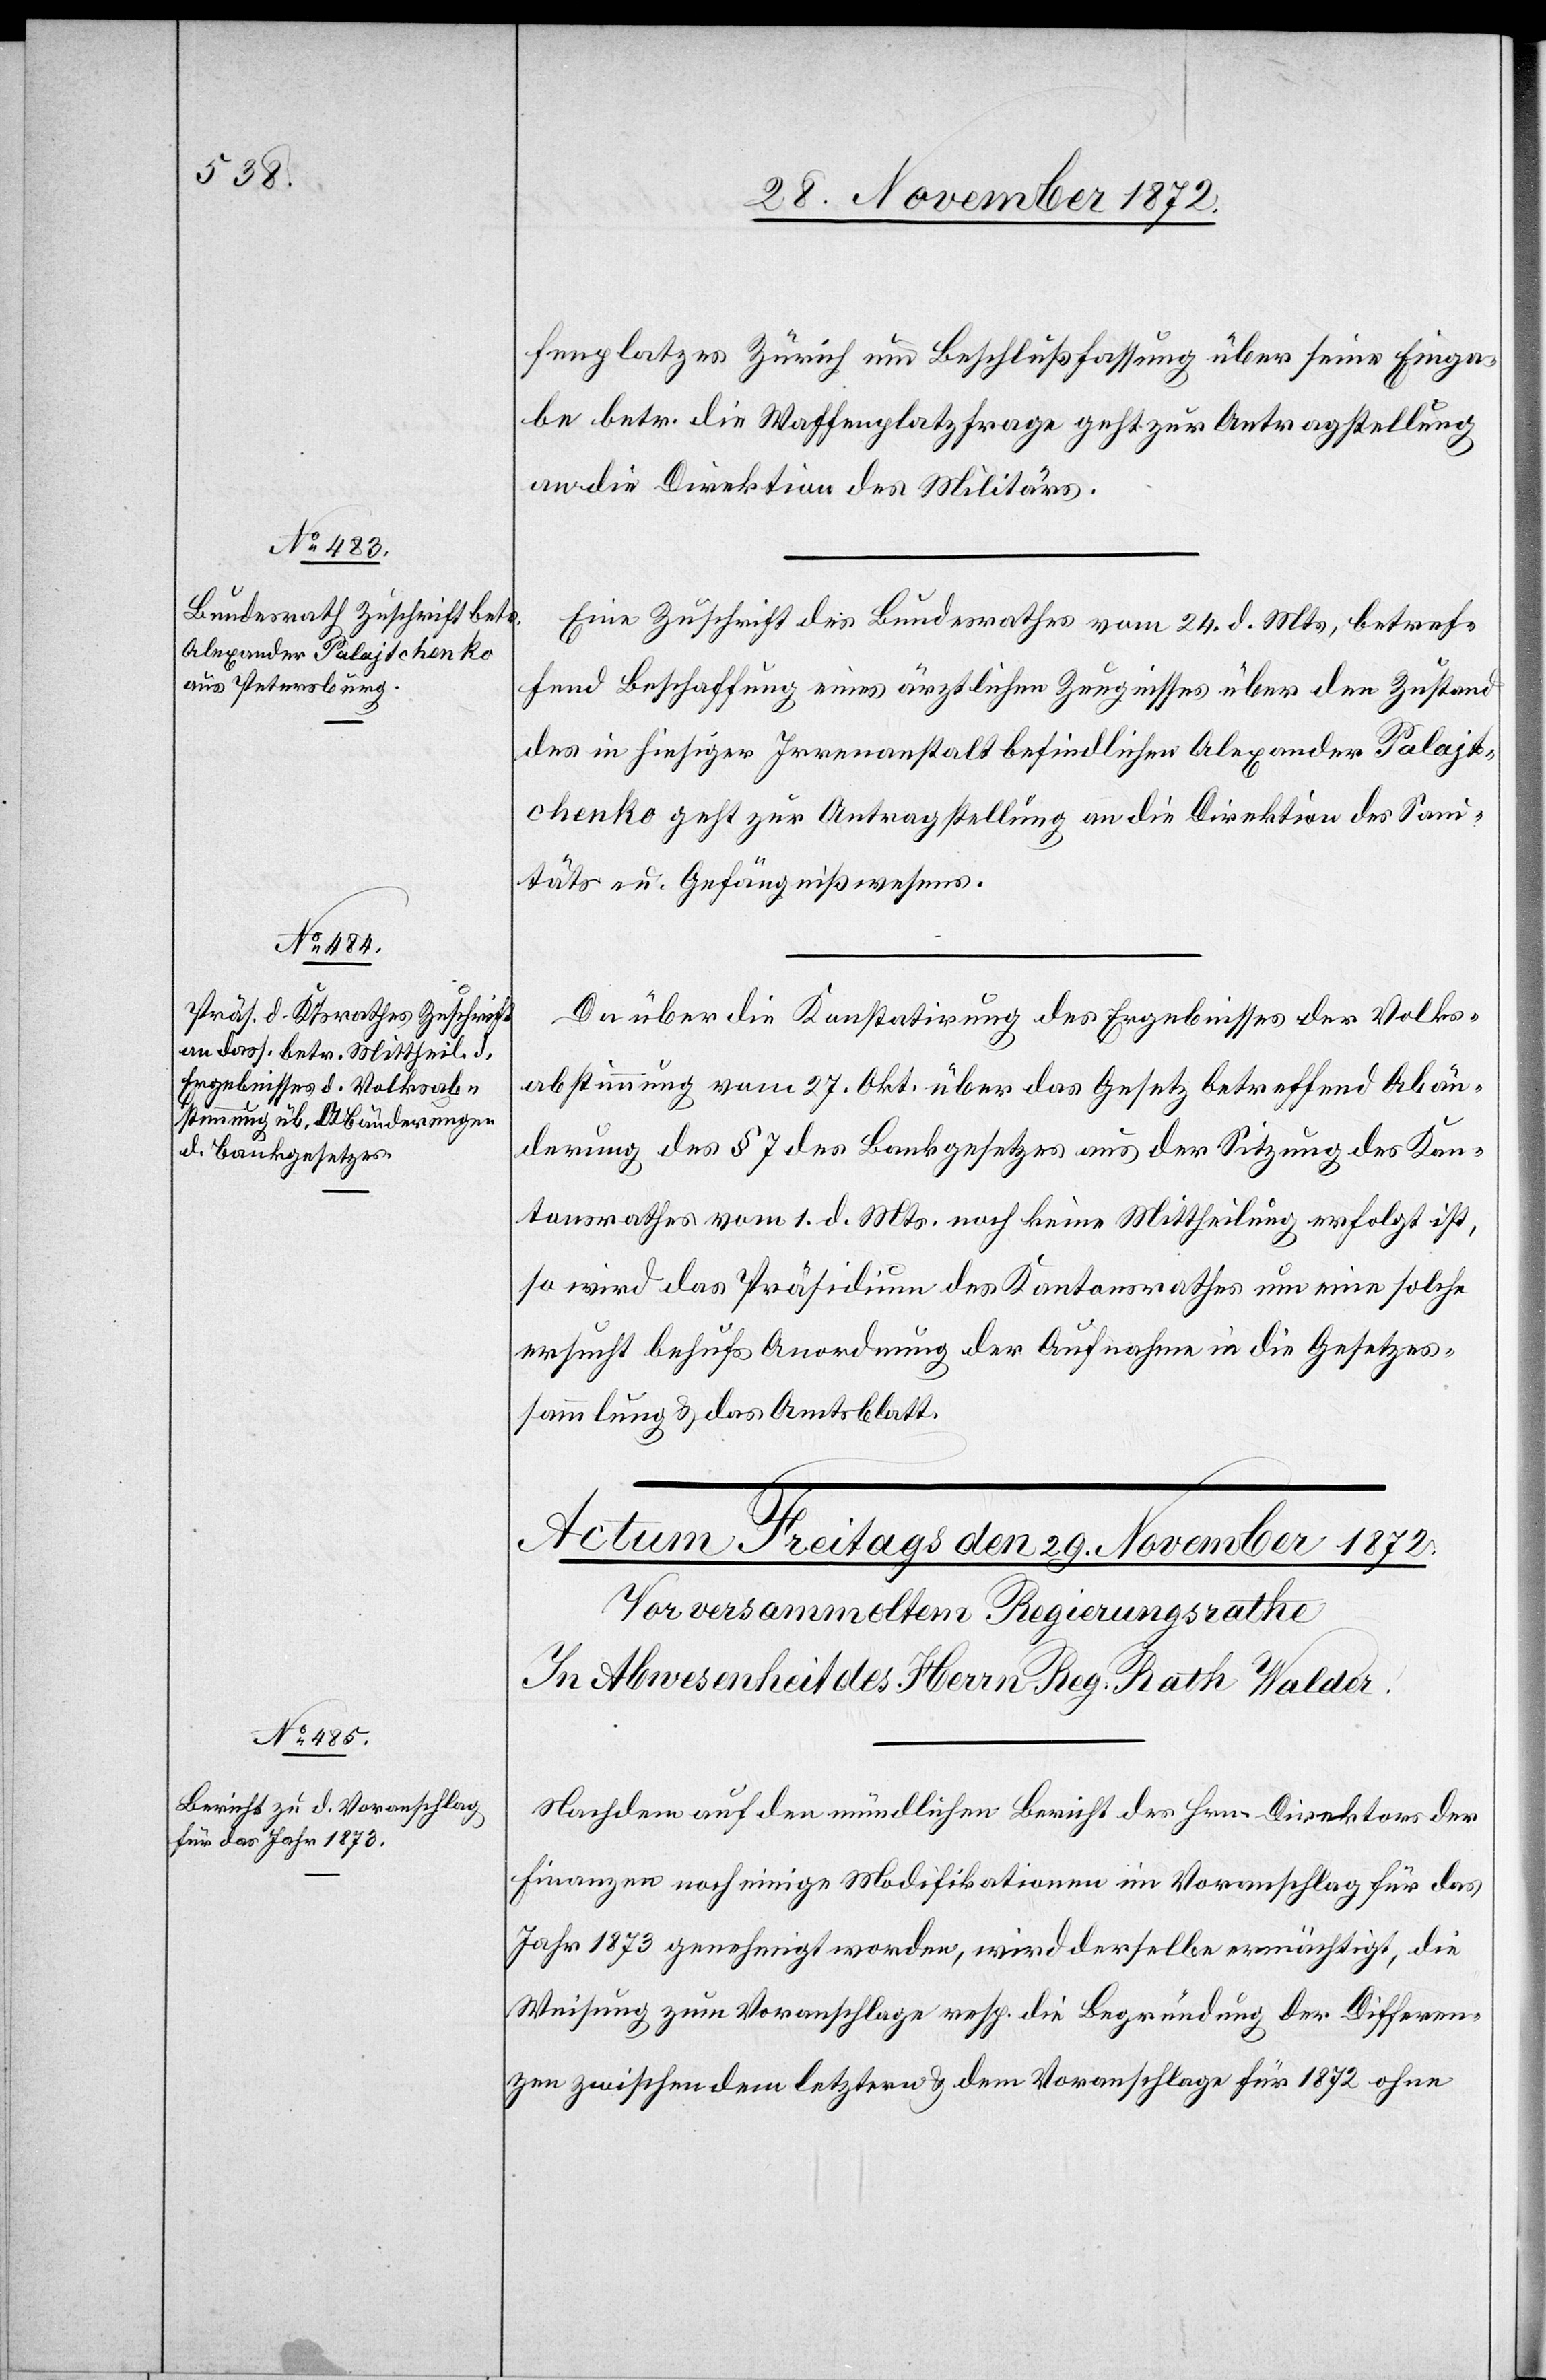
28. November 1872.]
fenplatzes Zürich um Beschlußfassung über seine Einga¬
be betr. die Waffenplatzfrage geht zur Antragstellung
an die Direktion des Militärs.
Eine Zuschrift des Bundesrathes vom 24. d. Mts., betref¬
fend Beschaffung eines ärztlichen Zeugnisses über den Zustand
des in hiesiger Irrenanstalt befindlichen Alexander Palajt¬
chenko [sic!] geht zur Antragstellung an die Direktion des Sani¬
täts- u. Gefängnißwesens.
Da über die Konstatirung des Ergebnisses der Volks¬
abstimmung vom 27. Okt. über das Gesetz betreffend Abän¬
derung des § 7 des Bankgesetzes aus der Sitzung des Kan¬
tonsrathes vom 1. d. Mts. noch keine Mittheilung erfolgt ist,
so wird das Präsidium des Kantonsrathes um eine solche
ersucht behufs Anordnung der Aufnahme in die Gesetzes¬
sammlung u. das Amtsblatt.
Nachdem auf den mündlichen Bericht des Hrn. Direktors der
Finanzen noch einige Modifikationen im Voranschlag für das
Jahr 1873 genehmigt worden, wird derselbe ermächtigt, die
Weisung zum Voranschlage resp. die Begründung der Differen¬
zen zwischen dem letzten u. dem Voranschlage für 1872 ohne